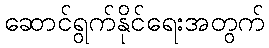
ဆောင်ရွက်နိုင်ရေးအတွက်